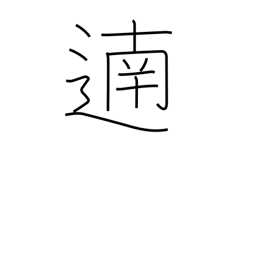
Meaning: bravo